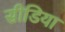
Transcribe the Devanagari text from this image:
सीडिया